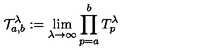
\mathcal { T } _ { a , b } ^ { \lambda } : = \lim _ { \lambda \rightarrow \infty } \prod _ { p = a } ^ { b } T _ { p } ^ { \lambda } \,